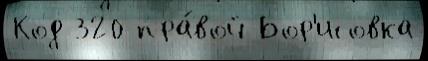
Код 320 пра́вой Бор'исовка